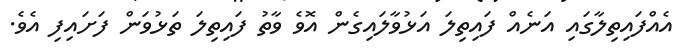
އެއްފައިތިލާގައި އަނެއް ފައިތިލަ އަޅުވާލައިގެން އޮވެ ވާތު ފައިތިލަ ތަޅުވަން ފަށައިފި އެވެ.